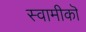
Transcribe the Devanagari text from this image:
स्वामीकॊ